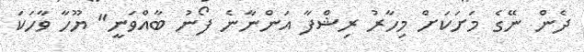
ދެން ނޭގެ މަށަކަށް މިހާރު ރިޝްފާ އަންނާނެ ފޯނު ބާއްވަނީ" ޔޫހާ ވާހަކަ